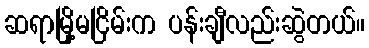
ဆရာမြို့မငြိမ်းက ပန်းချီလည်းဆွဲတယ်။